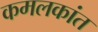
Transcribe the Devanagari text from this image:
कमलकांत